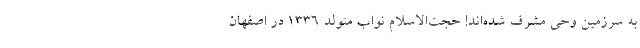
به سرزمین وحی مشرف شده‌اند! حجت‌الاسلام نواب متولد ۱۳۳۶ در اصفهان